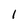
Character: 1